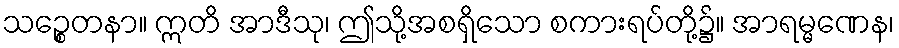
သဉ္စေတနာ။ ဣတိ အာဒီသု၊ ဤသို့အစရှိသော စကားရပ်တို့၌။ အာရမ္မဏေန၊